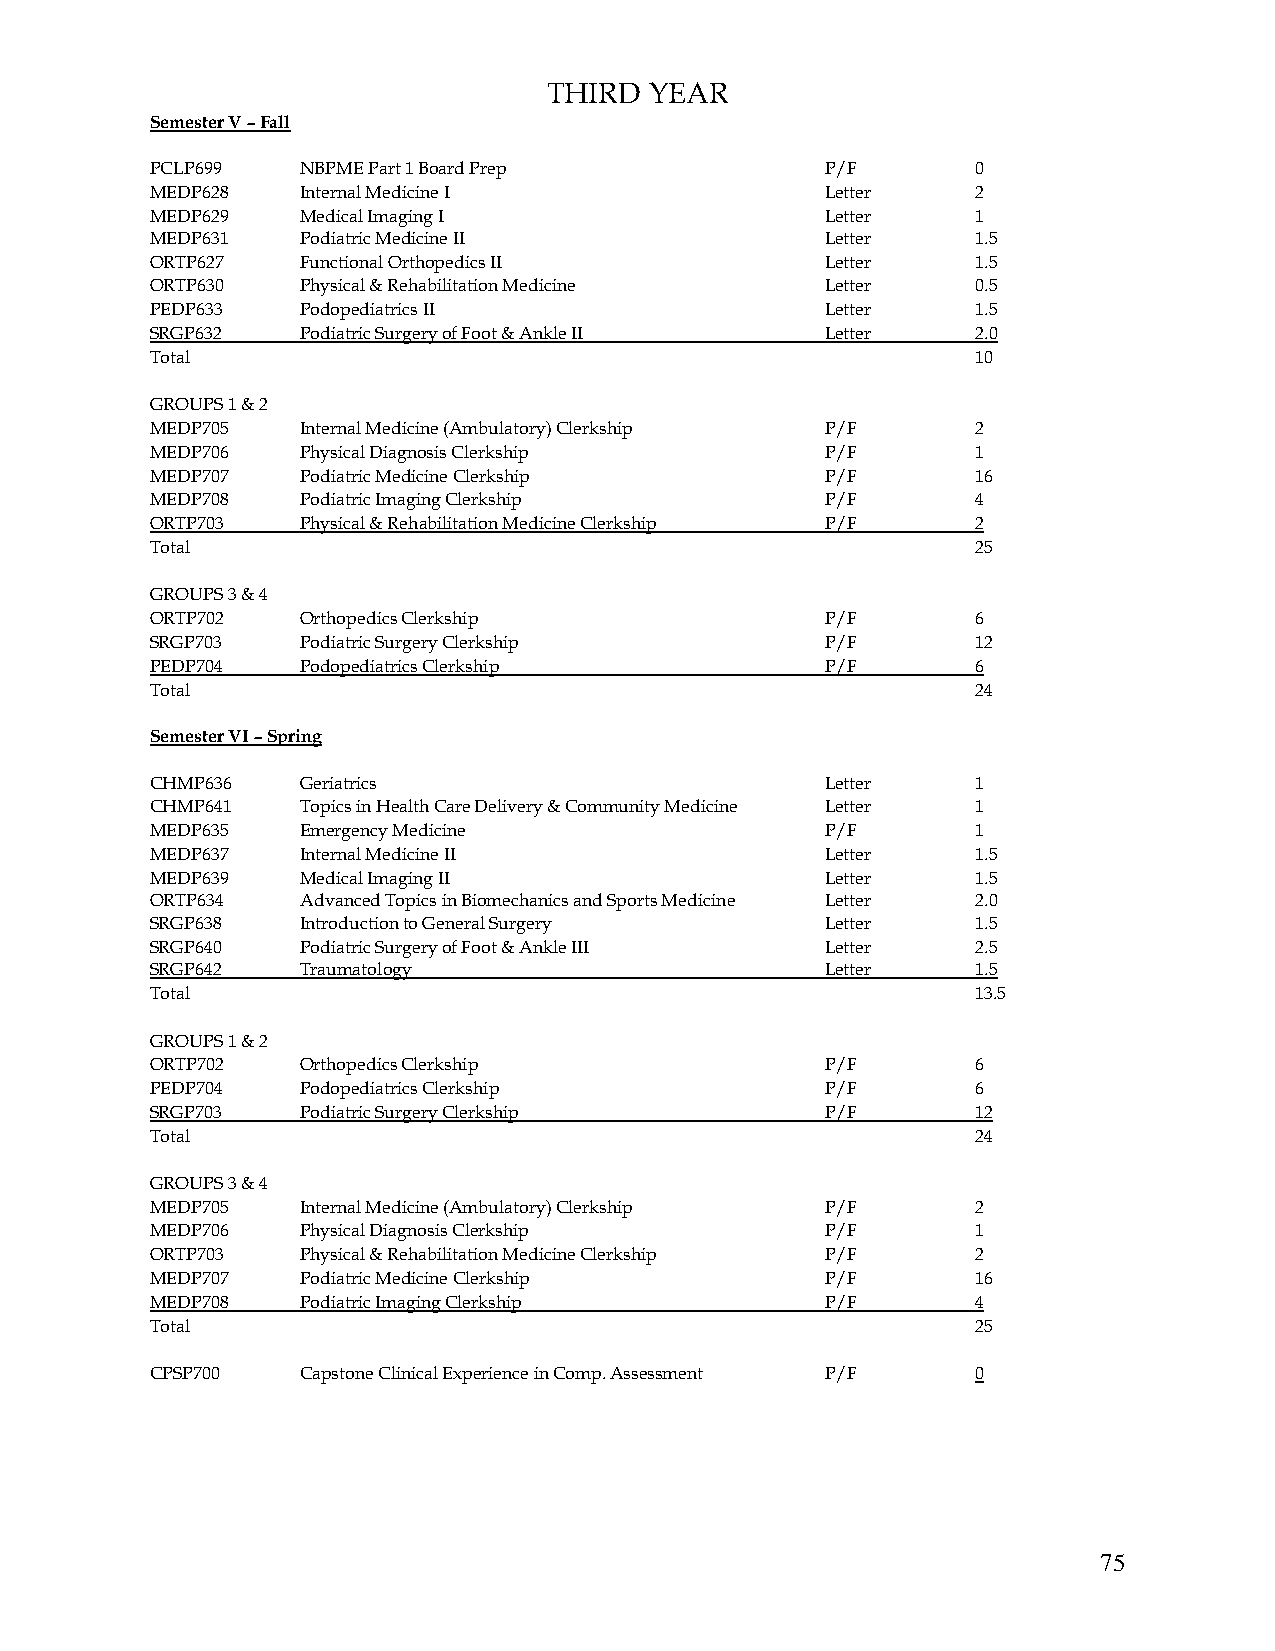
THIRD  YEAR
 Semester V – Fall
 PCLP699   NBPME Part 1 Board Prep            P/F       0
 MEDP628   Internal Medicine I                Letter    2
 MEDP629   Medical Imaging I                  Letter    1
 MEDP631   Podiatric Medicine II              Letter    1.5
 ORTP627   Functional Orthopedics II          Letter    1.5
 ORTP630   Physical & Rehabilitation Medicine Letter    0.5
 PEDP633   Podopediatrics II                  Letter    1.5
 SRGP632   Podiatric Surgery of Foot & Ankle II Letter  2.0
 Total                                                  10
 GROUPS 1 & 2
 MEDP705   Internal Medicine (Ambulatory) Clerkship P/F 2
 MEDP706   Physical Diagnosis Clerkship       P/F       1
 MEDP707   Podiatric Medicine Clerkship       P/F       16
 MEDP708   Podiatric Imaging Clerkship        P/F       4
 ORTP703   Physical & Rehabilitation Medicine Clerkship P/F 2
 Total                                                  25
 GROUPS 3 & 4
 ORTP702   Orthopedics Clerkship              P/F       6
 SRGP703   Podiatric Surgery Clerkship        P/F       12
 PEDP704   Podopediatrics Clerkship           P/F       6
 Total                                                  24
 Semester VI – Spring
 CHMP636   Geriatrics                         Letter    1
 CHMP641   Topics in Health Care Delivery & Community Medicine Letter 1
 MEDP635   Emergency Medicine                 P/F       1
 MEDP637   Internal Medicine II               Letter    1.5
 MEDP639   Medical Imaging II                 Letter    1.5
 ORTP634   Advanced Topics in Biomechanics and Sports Medicine Letter 2.0
 SRGP638   Introduction to General Surgery    Letter    1.5
 SRGP640   Podiatric Surgery of Foot & Ankle III Letter 2.5
 SRGP642   Traumatology                       Letter    1.5
 Total                                                  13.5
 GROUPS 1 & 2
 ORTP702   Orthopedics Clerkship              P/F       6
 PEDP704   Podopediatrics Clerkship           P/F       6
 SRGP703   Podiatric Surgery Clerkship        P/F       12
 Total                                                  24
 GROUPS 3 & 4
 MEDP705   Internal Medicine (Ambulatory) Clerkship P/F 2
 MEDP706   Physical Diagnosis Clerkship       P/F       1
 ORTP703   Physical & Rehabilitation Medicine Clerkship P/F 2
 MEDP707   Podiatric Medicine Clerkship       P/F       16
 MEDP708   Podiatric Imaging Clerkship        P/F       4
 Total                                                  25
 CPSP700   Capstone Clinical Experience in Comp. Assessment P/F 0
 75